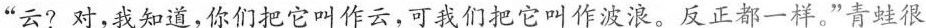
“云?对，我知道，你们把它叫作云，可我们把它叫作波浪。反正都一样。”青蛙很